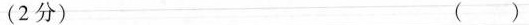
(2分) ( )